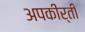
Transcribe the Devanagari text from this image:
अपकीर्ती